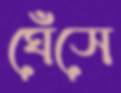
ঘেঁসে